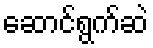
ဆောင်ရွက်ဆဲ